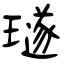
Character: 璲